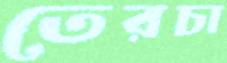
তেরচা